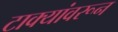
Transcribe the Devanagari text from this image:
टाक्यांवरून